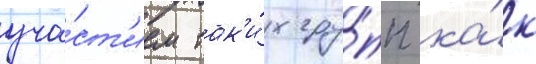
уча́ст'ием так'и́х гру́пп ка́к